Medical and sanitary report of the native army of Bengal for the year
Year: 1877
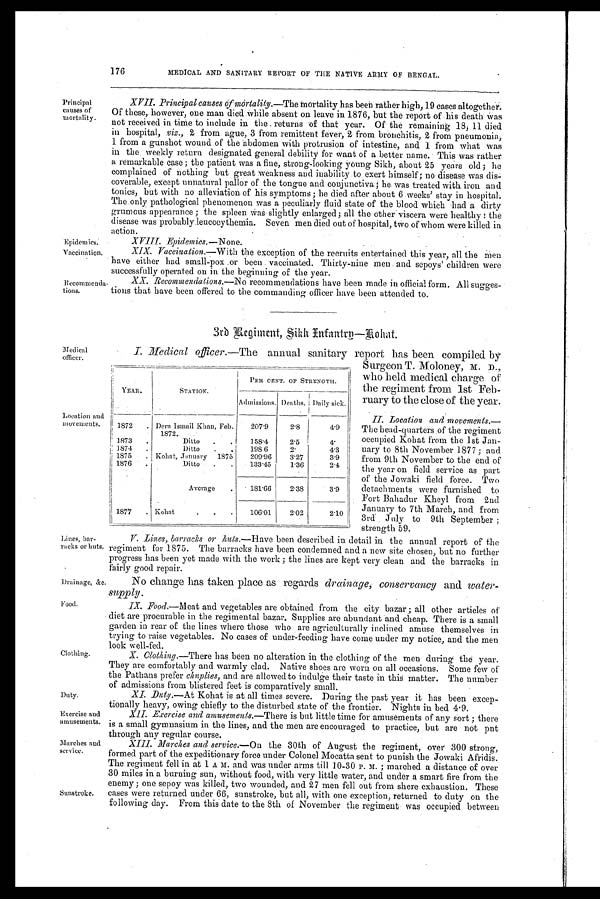
Principal
causes of
mortality.
Epidemics.
Vaccination.
Recommenda-tions.
Medical
officer.
Drainage, &c.
Food.
Duty.
Exercise and
amusements.
Marches and
service.
YEAR,
STATION.
PER CENT. OF STRENGTH.
Admissions. Deaths. Daily sick.
1872
. Dera Ismail Khan, Feb.
1872.
207.9
2.8
4.9
1873
.
Ditto
.
158.4
2.5
4.
1874
.
Ditto
.
198 6
2.
4.3
1875
. Kohat, January 1875
209.96
3.27
8.9
1876
.
Ditto
.
.
133.45
1.36
2.4
Average
.
181.66
2.38
3.9
1877
. Kohat
.
.
.
106.01
2.02
2.10
Location and
movements.
176
MEDICAL AND SANITARY REPORT OF THE NATIVE ARMY OF BENGAL.
Lines, bar-
racks or huts.
Clothing.
Sunstroke.
XVII. Principal causes of mortality.— T h e
m o r t a l i t y h a s b e e n r a t h e r h i g h , 1 9 c a s e s a l t o g e t h e r .
Of these, however, one man died while absent on leave in 1876, but the report of his death was
not received in time to include in the returns of that year. Of the remaining 18, 11 died
in hospital, viz., 2 from ague, 3 from remittent fever, 2 from bronchitis, 2 from pneumonia,
1 from a gunshot wound of the abdomen with protrusion of intestine, and 1 from what was
in the weekly return designated general debility for want of a better name. This was rather
a remarkable case; the patient was a fine, strong-looking young Sikh, about 25 years old; he
complained of nothing but great weakness and inability to exert himself; no disease was dis-
coverable, except unnatural pallor of the tongue and conjunctiva; he was treated with iron and
tonics, but with no alleviation of his symptoms; he died after about 6 weeks' stay in hospital.
The only pathological phenomenon was a peculiarly fluid state of the blood which had a dirty
grumous appearance; the spleen was slightly enlarged; all the other viscera were healthy: the
disease was probably leucocythemia. Seven men died out of hospital, two of whom were killed in
action.
X VIII. Epidemics. —None.
XIX. Vaccination. —With the exception of the recruits entertained this year, all the men
have either had small-pox or been vaccinated. Thirty-nine men and sepoys' children were
successfully operated on in the beginning of the year.
XX. Recommendations. —No recommendations have been made in official form. All sugges-
tions that have been offered to the commanding officer have been attended to.
3rd Regiment, Sikh Infantry—Kohat.
I. Medical officer. —The annual sanitary report has been compiled by
Surgeon T. Moloney, M. D.,
who held medical charge of
the regiment from 1st Feb-
ruary to the close of the year.
II. Location and movements.—
The head-quarters of the regiment
occupied Kohat from the 1st Jan-
uary to 8th November 1877; and
from 9th November to the end of
the year on field service as part
of the Jowaki field force. Two
detachments were furnished to
Fort Bahadur Kheyl from 2nd
January to 7th March, and from
3rd July to 9th September;
strength 59.
V. Lines, barracks or huts. —H ave been described in detail in the annual report of the
regiment for 1875. The barracks have been condemned and a new site chosen, but no further
progress has been yet made with the work; the lines are kept very clean and the barracks in
fairly good repair.
No change has taken place as regards drainage; conservancy and water-
supply.
IX.
Food.—Meat and vegetables are obtained from the city bazar; all other articles of
diet are procurable in the regimental bazar. Supplies are abundant and cheap. There is a small
garden in rear of the lines where those who are agriculturally inclined amuse themselves in
trying to raise vegetables. No cases of under-feeding have come under my notice, and the men
look well-fed.
X. Clothing. —There has been no alteration in the clothing of the men during the year.
They are comfortably and warmly clad. Native shoes are worn on all occasions. Some few of
the Pathans prefer chuplies, and are allowed to indulge their taste in this matter. The number
of admissions from blistered feet is comparatively small.
XI. Duty.—At Kohat is at all times severe. During the past year it has been excep-
tionally heavy, owing chiefly to the disturbed state of the frontier. Nights in bed 4.9.
XII. Exercise and amusements.—There is but little time for amusements of any sort; there
is a small gymnasium in the lines, and the men are encouraged to practice, but are not put
through any regular course.
XIII. Marches and service. —On the 30th of August the regiment, over 300 strong,
formed part of the expeditionary force under Colonel Moeatta sent to punish the Jowaki Afridis.
The regiment fell in at 1 A M. and was under arms till 10-30 P. M.; marched a distance of over
30 miles in a burning sun, without food, with very little water, and under a smart fire from the
enemy; one sepoy was killed, two wounded, and 27 men fell out from shere exhaustion. These
cases were returned under 66, sunstroke, but all, with one exception, returned to duty on the
following day. From this date to the 8th of November the regiment was occupied between